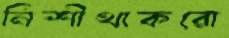
নিশীথাকরো